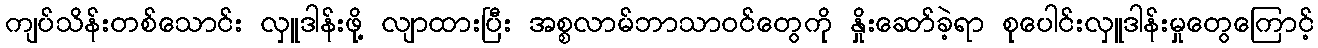
ကျပ်သိန်းတစ်သောင်း လှူဒါန်းဖို့ လျာထားပြီး အစ္စလာမ်ဘာသာဝင်တွေကို နှိုးဆော်ခဲ့ရာ စုပေါင်းလှူဒါန်းမှုတွေကြောင့်